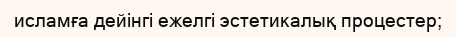
исламға дейінгі ежелгі эстетикалық процестер;